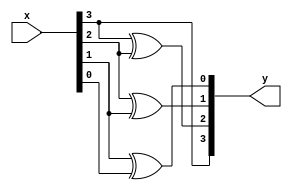
module b2g (
    input [3:0]x, output [3:0]y
);
    assign y[3] = x[3];
    assign y[2] = x[3]^x[2];
    assign y[1] = x[2]^x[1];
    assign y[0] = x[1]^x[0];
endmodule